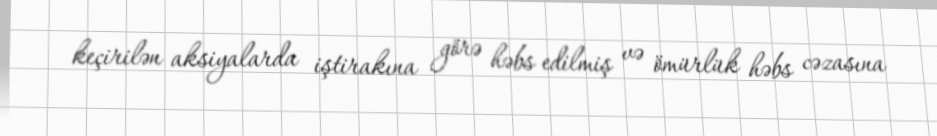
keçirilən aksiyalarda iştirakına görə həbs edilmiş və ömürlük həbs cəzasına